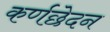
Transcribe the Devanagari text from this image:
कर्णछेदन